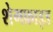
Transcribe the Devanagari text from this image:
शेगफ्राइड